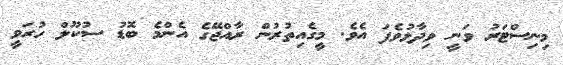
މިނިސްޓަރު ވަނީ ވިދާޅުވެފަ އެވެ. މީގެއިތުރުން ރާއްޖޭގެ އެންމެ ބޮޑު ސުކޫލް ހުރަވީ